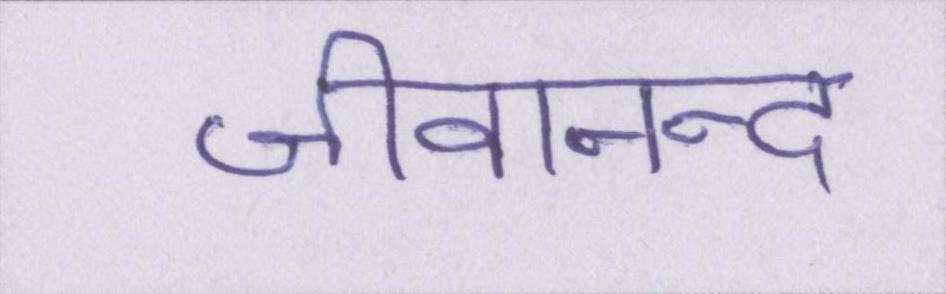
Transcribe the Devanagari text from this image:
जीवानन्द